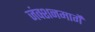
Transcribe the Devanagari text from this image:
जंक्शनमार्गे